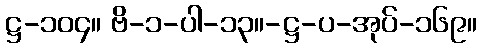
ဋ္ဌ-၁၀၄။ ဗိ-၁-ပါ-၁၃။-ဋ္ဌ-ပ-အုပ်-၁၆၉။